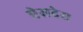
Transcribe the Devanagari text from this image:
प्रेसदेस